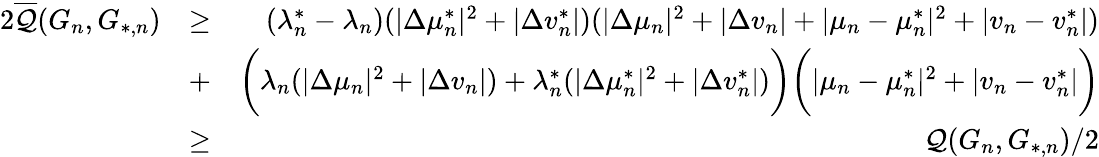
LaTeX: \begin{array}{rlr}{2\overline{{\mathcal{Q}}}(G_{n},G_{*,n})}&{\geq}&{(\lambda_{n}^{*}-\lambda_{n})(|\Delta\mu_{n}^{*}|^{2}+|\Delta v_{n}^{*}|)(|\Delta\mu_{n}|^{2}+|\Delta v_{n}|+|\mu_{n}-\mu_{n}^{*}|^{2}+|v_{n}-v_{n}^{*}|)}\\ &{+}&{\biggr(\lambda_{n}(|\Delta\mu_{n}|^{2}+|\Delta v_{n}|)+\lambda_{n}^{*}(|\Delta\mu_{n}^{*}|^{2}+|\Delta v_{n}^{*}|)\biggr)\biggr(|\mu_{n}-\mu_{n}^{*}|^{2}+|v_{n}-v_{n}^{*}|\biggr)}\\ &{\geq}&{\mathcal{Q}(G_{n},G_{*,n})/2}\end{array}